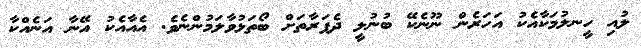
ލުއި ހީނލުމަކާއެކު އަހަރެން ނޫނެކޭ ބުނުލީ ދެފަރާތަށް ބޯތަޅުވާލަމުންނެވެ. އެއާއެކު އޭނާ އަނެއްކާ